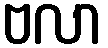
ဗလာ